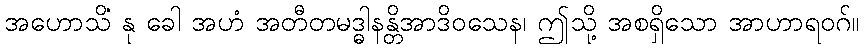
အဟောသိံ နု ခေါ အဟံ အတီတမဒ္ဓါနန္တိအာဒိဝသေန၊ ဤသို့ အစရှိသော အာဟာရဝဂ်။